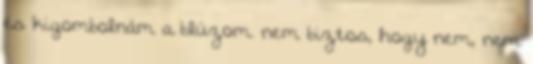
és kigombolnám a blúzom. nem biztos, hogy nem, nem